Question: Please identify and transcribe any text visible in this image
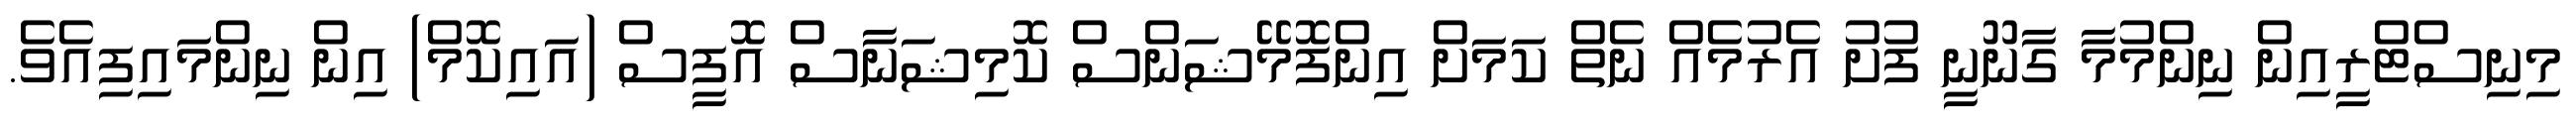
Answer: މިނިސްޓްރީއިން ނިންމުމާ ގާނޫނީ ފުށު އެރުމެއް ނެތް ކަމަށް އިންފޮމޭޝަންސް ކޮމިޝަނާސް އޮފީސް (އައިކޮމް) އިން ނިންމައިފިއެވެ.